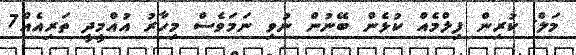
މަލް: ކުރިން ފިލްމެއް ކުޅެން ބޭނުން ނުވި ނަމަވެސް މިހާރު އުއްމީދީ ތަރިއެއް7